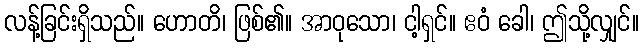
လန့်ခြင်းရှိသည်။ ဟောတိ၊ ဖြစ်၏။ အာဝုသော၊ ငါ့ရှင်။ ဧဝံ ခေါ၊ ဤသို့လျှင်။